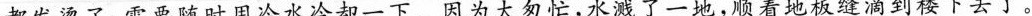
都发烫了，需要随时用冷水冷却一下。因为太匆忙，水溅了一地，顺着地板缝滴到楼下去了。